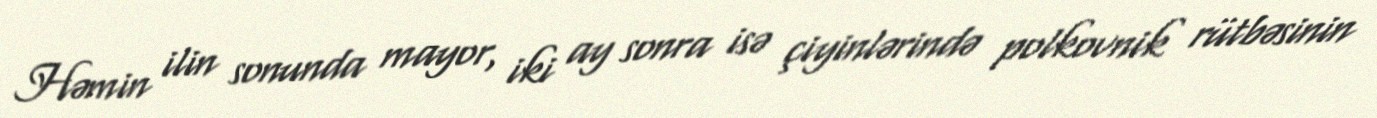
Həmin ilin sonunda mayor, iki ay sonra isə çiyinlərində polkovnik rütbəsinin